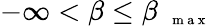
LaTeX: -\infty<\beta\le\beta_{\mathrm{~{~\scriptsize~m~a~x~}~}}